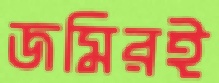
জমিরই